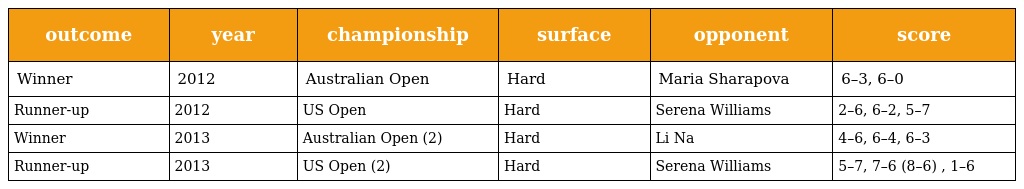
| outcome | year | championship | surface | opponent | score |
 | --- | --- | --- | --- | --- | --- |
 | Winner | 2012 | Australian Open | Hard | Maria Sharapova | 6–3, 6–0 |
 | Runner-up | 2012 | US Open | Hard | Serena Williams | 2–6, 6–2, 5–7 |
 | Winner | 2013 | Australian Open (2) | Hard | Li Na | 4–6, 6–4, 6–3 |
 | Runner-up | 2013 | US Open (2) | Hard | Serena Williams | 5–7, 7–6 (8–6) , 1–6 |